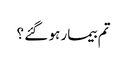
تم بیمار ہو گئے ؟